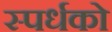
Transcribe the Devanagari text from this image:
स्पर्धको